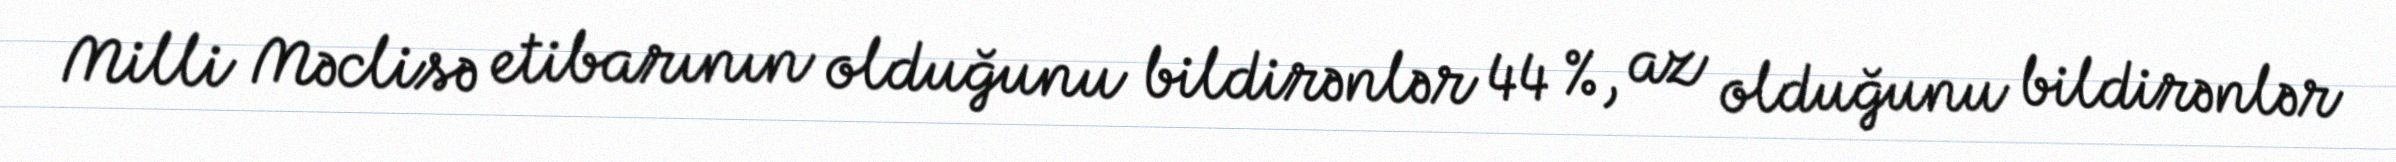
Milli Məclisə etibarının olduğunu bildirənlər 44 %, az olduğunu bildirənlər